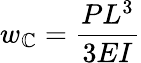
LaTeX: w_{\mathbb{C}}={\frac{{PL^{3}}}{{3EI}}}